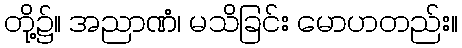
တို့၌။ အညာဏံ၊ မသိခြင်း မောဟတည်း။